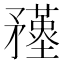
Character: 𥎚